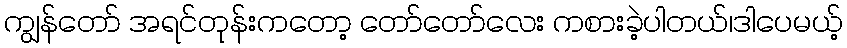
ကျွန်တော် အရင်တုန်းကတော့ တော်တော်လေး ကစားခဲ့ပါတယ်၊ဒါပေမယ့်